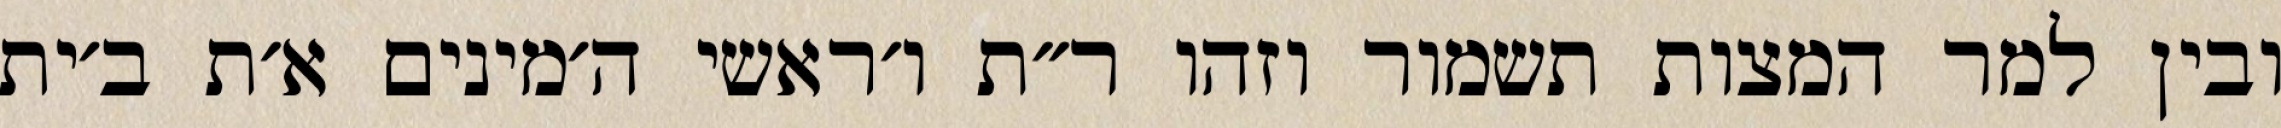
ובין למר המצות תשמור וזהו ר״ת ו׳ראשי ה׳מינים א׳ת ב׳ית